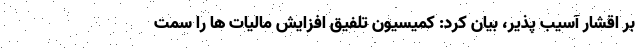
بر اقشار آسیب پذیر، بیان کرد: کمیسیون تلفیق افزایش مالیات ها را سمت